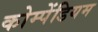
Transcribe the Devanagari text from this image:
कोम्पेंडियम